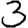
Digit: 3